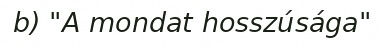
b) "A mondat hosszúsága"